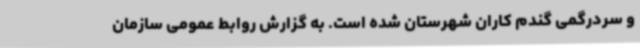
و سردرگمی گندم کاران شهرستان شده است. به گزارش روابط عمومی سازمان